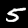
Label: 5